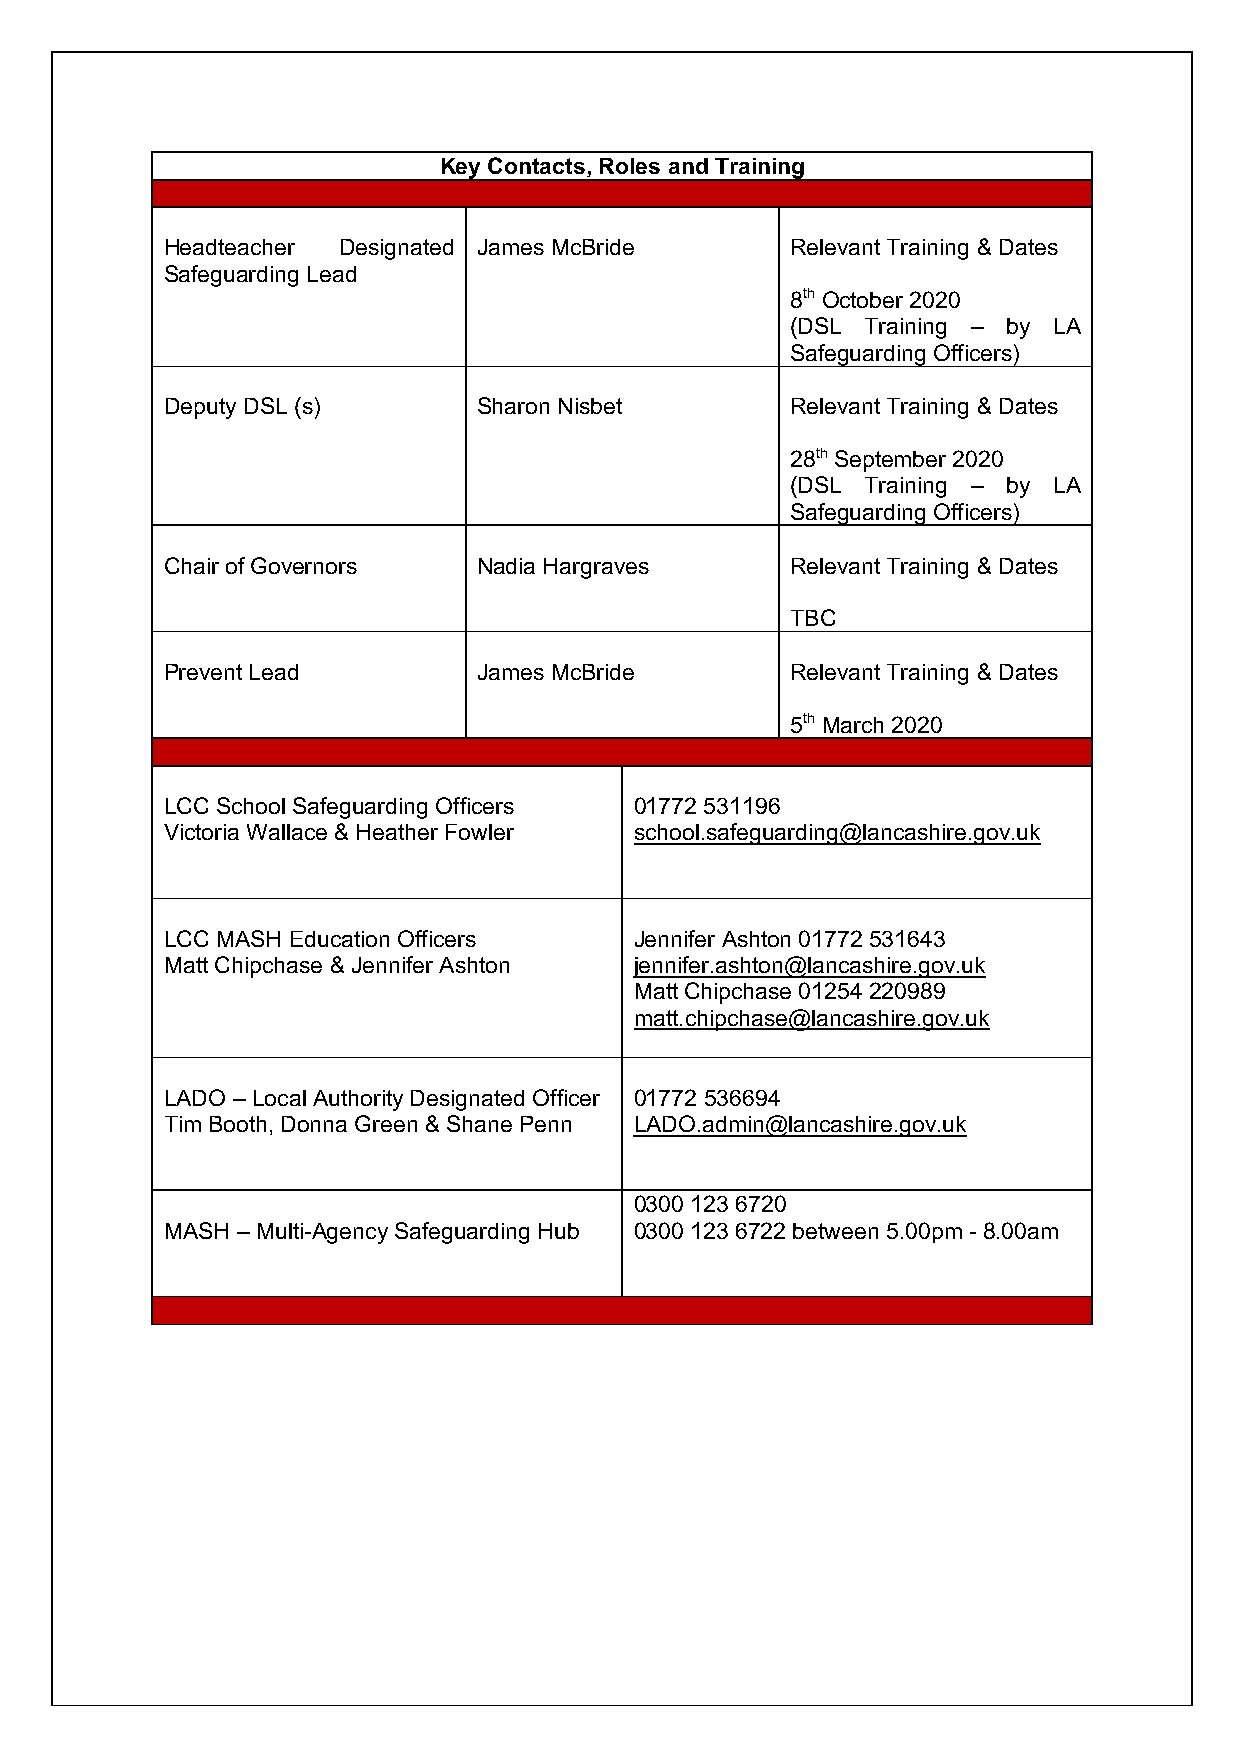
Key Contacts, Roles and Training
 Headteacher Designated James McBride     Relevant Training & Dates
 Safeguarding Lead
 8th October 2020
 (DSL Training – by LA
 Safeguarding Officers)
 Deputy DSL (s)       Sharon Nisbet       Relevant Training & Dates
 28th September 2020
 (DSL Training – by LA
 Safeguarding Officers)
 Chair of Governors   Nadia Hargraves     Relevant Training & Dates
 TBC
 Prevent Lead         James McBride       Relevant Training & Dates
 5th March 2020
 LCC School Safeguarding Officers 01772 531196
 Victoria Wallace & Heather Fowler school.safeguarding@lancashire.gov.uk
 LCC MASH Education Officers    Jennifer Ashton 01772 531643
 Matt Chipchase & Jennifer Ashton jennifer.ashton@lancashire.gov.uk
 Matt Chipchase 01254 220989
 matt.chipchase@lancashire.gov.uk
 LADO – Local Authority Designated Officer 01772 536694
 Tim Booth, Donna Green & Shane Penn LADO.admin@lancashire.gov.uk
 0300 123 6720
 MASH – Multi-Agency Safeguarding Hub 0300 123 6722 between 5.00pm - 8.00am